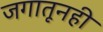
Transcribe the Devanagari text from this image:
जगातूनही